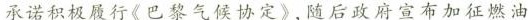
承诺积极履行《巴黎气候协定》，随后政府宣布加征燃油